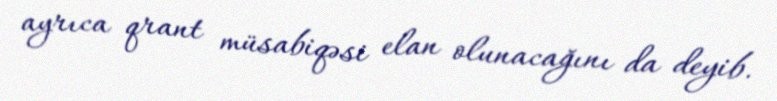
ayrıca qrant müsabiqəsi elan olunacağını da deyib.